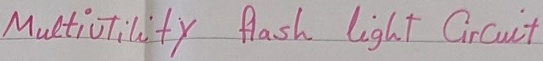
Text: Multiutility  flash  light   Circuit